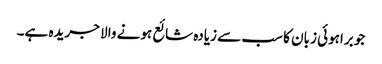
جو براہوئی زبان کا سب سے زیادہ شائع ہونے والا جریدہ ہے۔